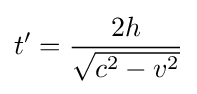
t'={\frac {2h}{\sqrt {c^{2}-v^{2}}}}